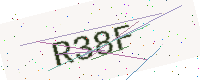
Text: R38F